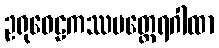
ဥရုဝေဠကဿပတ္ထေရဂါထာ